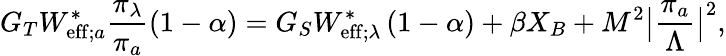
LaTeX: G_{T}W_{\mathrm{eff};a}^{\ast}\frac{\pi_{\lambda}}{\pi_{a}}\left(1-\alpha\right)=G_{S}W_{\mathrm{eff};\lambda}^{\ast}\left(1-\alpha\right)+\beta X_{B}+M^{2}\big|\frac{\pi_{a}}{\Lambda}\big|^{2},